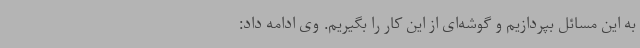
به این مسائل بپردازیم و گوشه‌ای از این کار را بگیریم. وی ادامه داد: